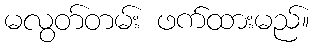
မလွတ်တမ်း ဖက်ထားမည်။